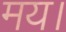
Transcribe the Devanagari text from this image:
मय।